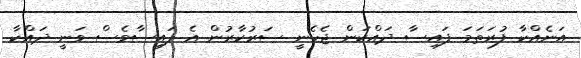
އަނެއްކާ ފުރަތަމަ ފައިސާ ދައްކަން ޖެހެނީ ސަރުކާރުން އެ ފައިސާވެސް ވަނީ ދައްކާ